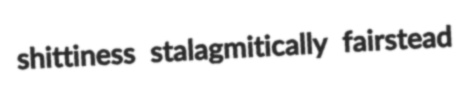
shittiness stalagmitically fairstead